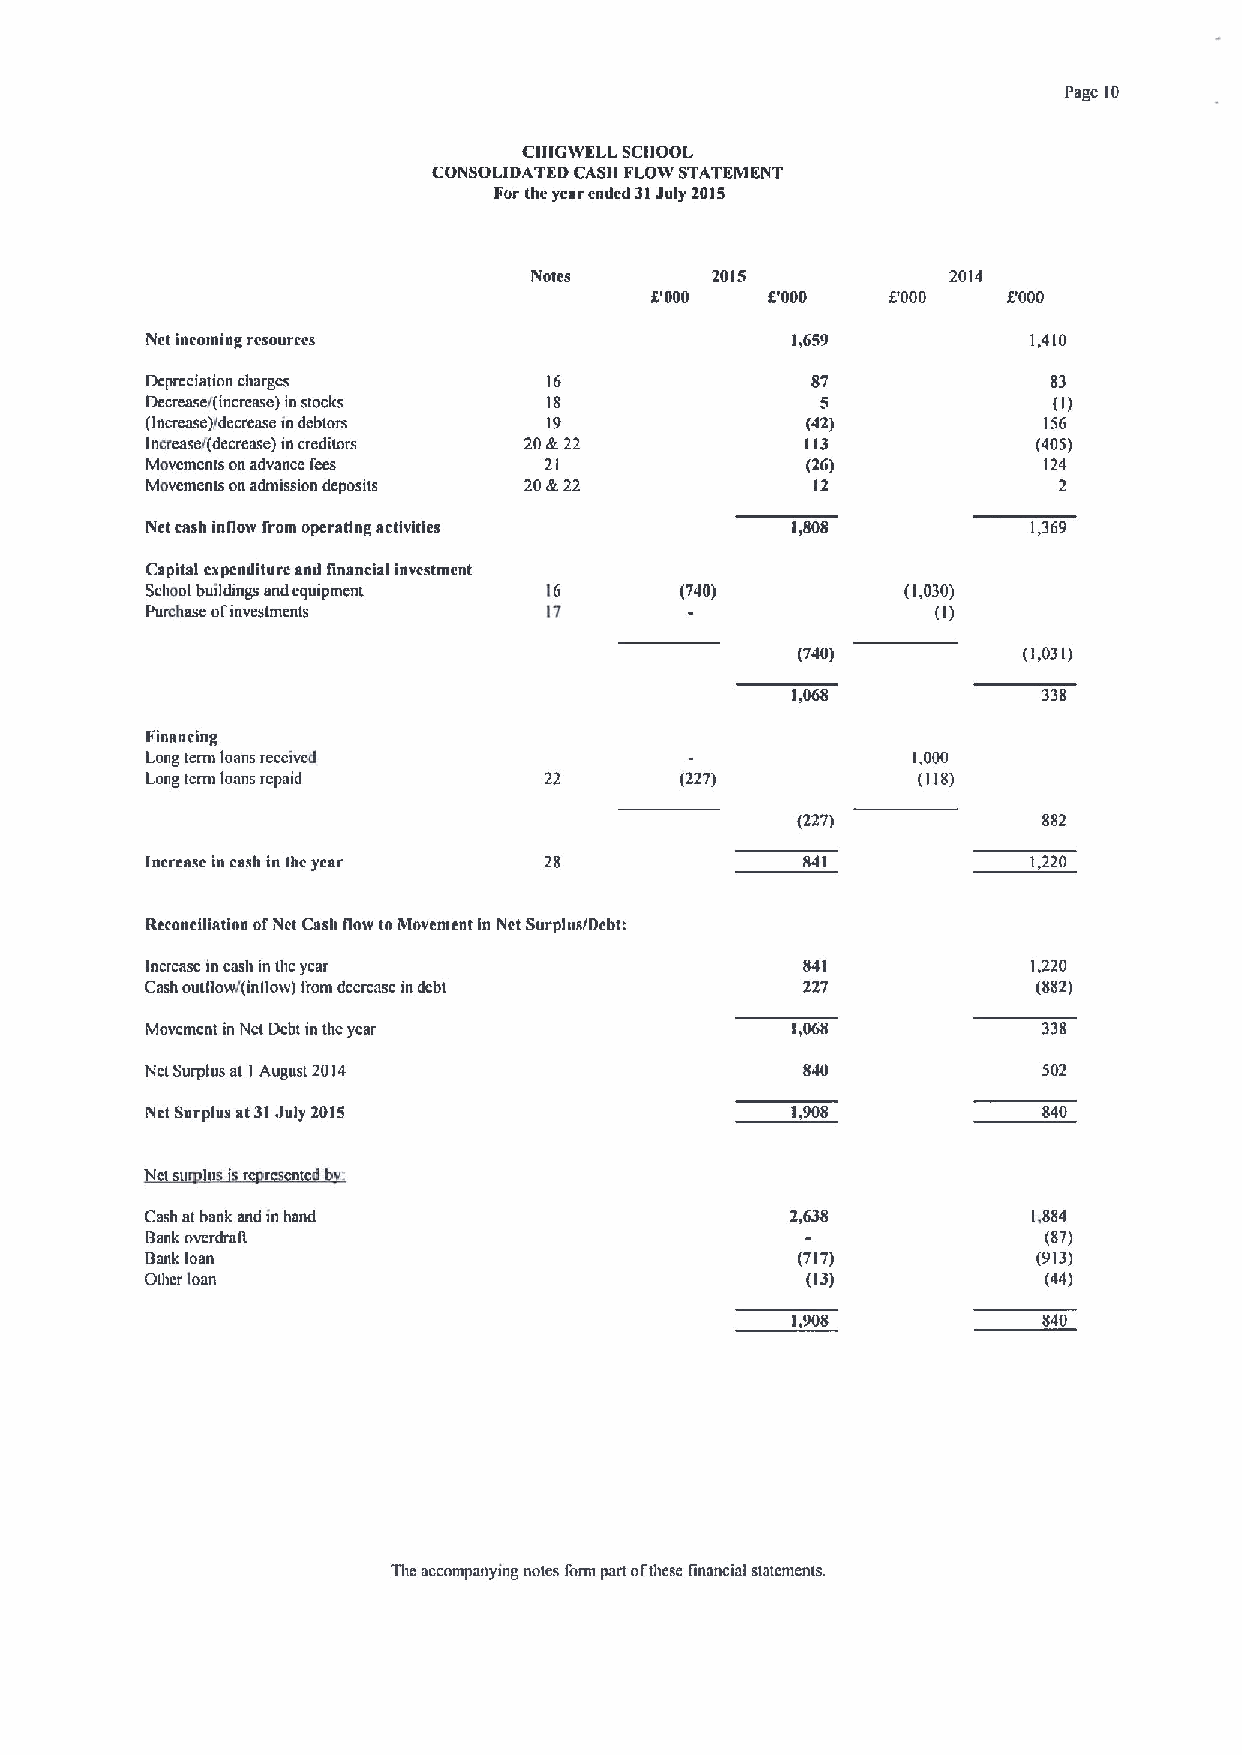
Page 10
 CIIIGWELL SCIIOOL
 CONSOLIDATED CASII FLOW STATEMENT
 For thc year ended 31July 2015
 Notes       2015            2014
 k'000   5'000   C000    f.'000
 Nct incoming rcsourccs                    1,659           1,410
 Depreciation charges      16                87              83
 Decrease/(increase) instocks 18                             (I)
 (Increase)/decrease indebtors 19           (42)            156
 Increase/(decrease) mcreditors 20k.22      113             (405)
 Movcmcnts on advance fees 21               (26)            124
 Movements on admission deposits 20Jr22      12              2
 Net cash inflovv from operating activities 1,808          1,369
 Capital capcnditurc and financial investment
 Scbool buildmgs and equipment IG   (740)          (1,030)
 Pumitase ol'investments   17                        (I)
 (740)          (1,031)
 1,068            338
 Financing
 Long term loans receival                          1,000
 Long term loans repaid    22       (227)           (118)
 (227)           882
 Inercasc in cash in lbe year 28            $41            1,220
 Reconciliation ofNct Cnslt flow to Movemcnt in Nct Surplas/Debt:
 Increase in cash in the year               841            1,220
 Cash outgow/(inllow) from dccrcasc in debt 227             (882)
 Movement in Net Debt in thc year          I,OGS            338
 Ncl Surplus al I August 2014               $40             502
 Nct Surplus at31. Iuly 2015               1,908            840
 r r n
 Cash at bank and in hand                  2,638           1,884
 Bank overdrag                                              (87)
 Bank loan                                  (717)           (913)
 Other loan                                 (13)            (44)
 1,908            840
 The accompanying notes form part ofthese linancial statements.